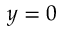
y = 0